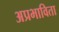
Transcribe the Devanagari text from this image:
अप्रभाविता